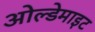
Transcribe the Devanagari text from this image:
ओल्डेमाइट